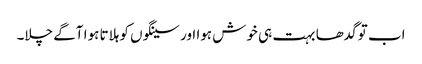
اب تو گدھا بہت ہی خوش ہوا اور سینگوں کو ہلاتا ہوا آگے چلا۔